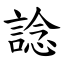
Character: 諗